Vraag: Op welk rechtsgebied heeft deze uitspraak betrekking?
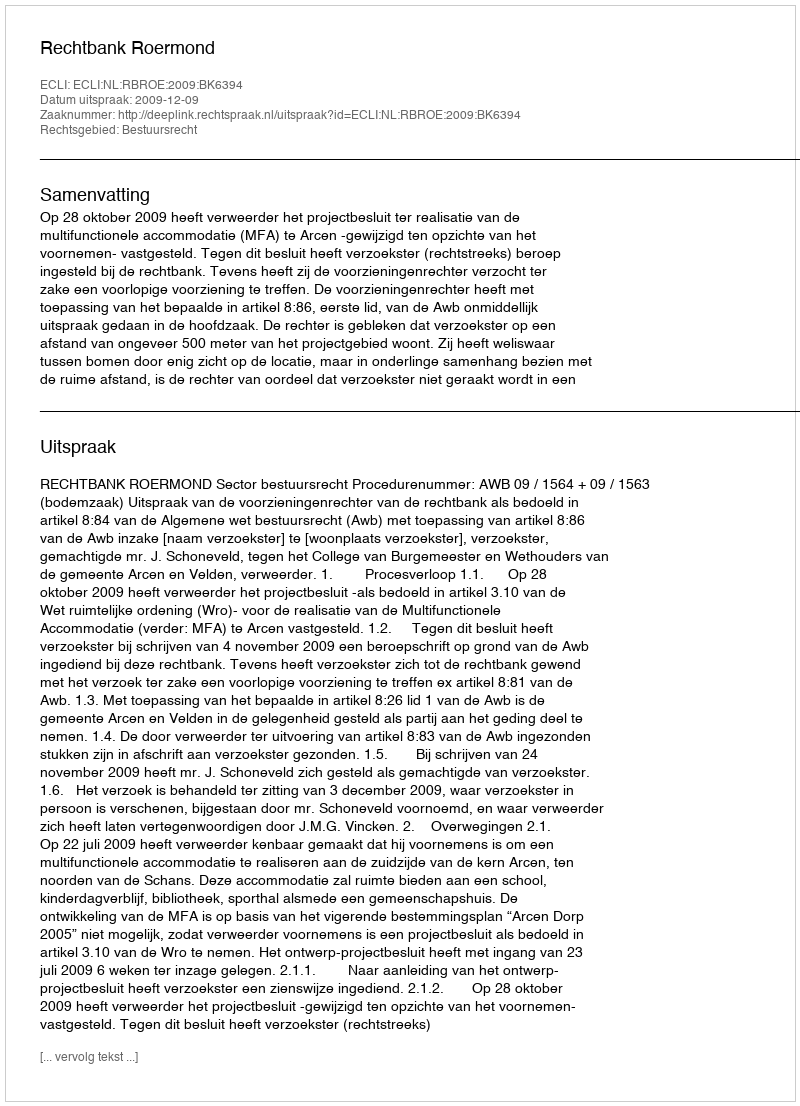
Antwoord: Bestuursrecht